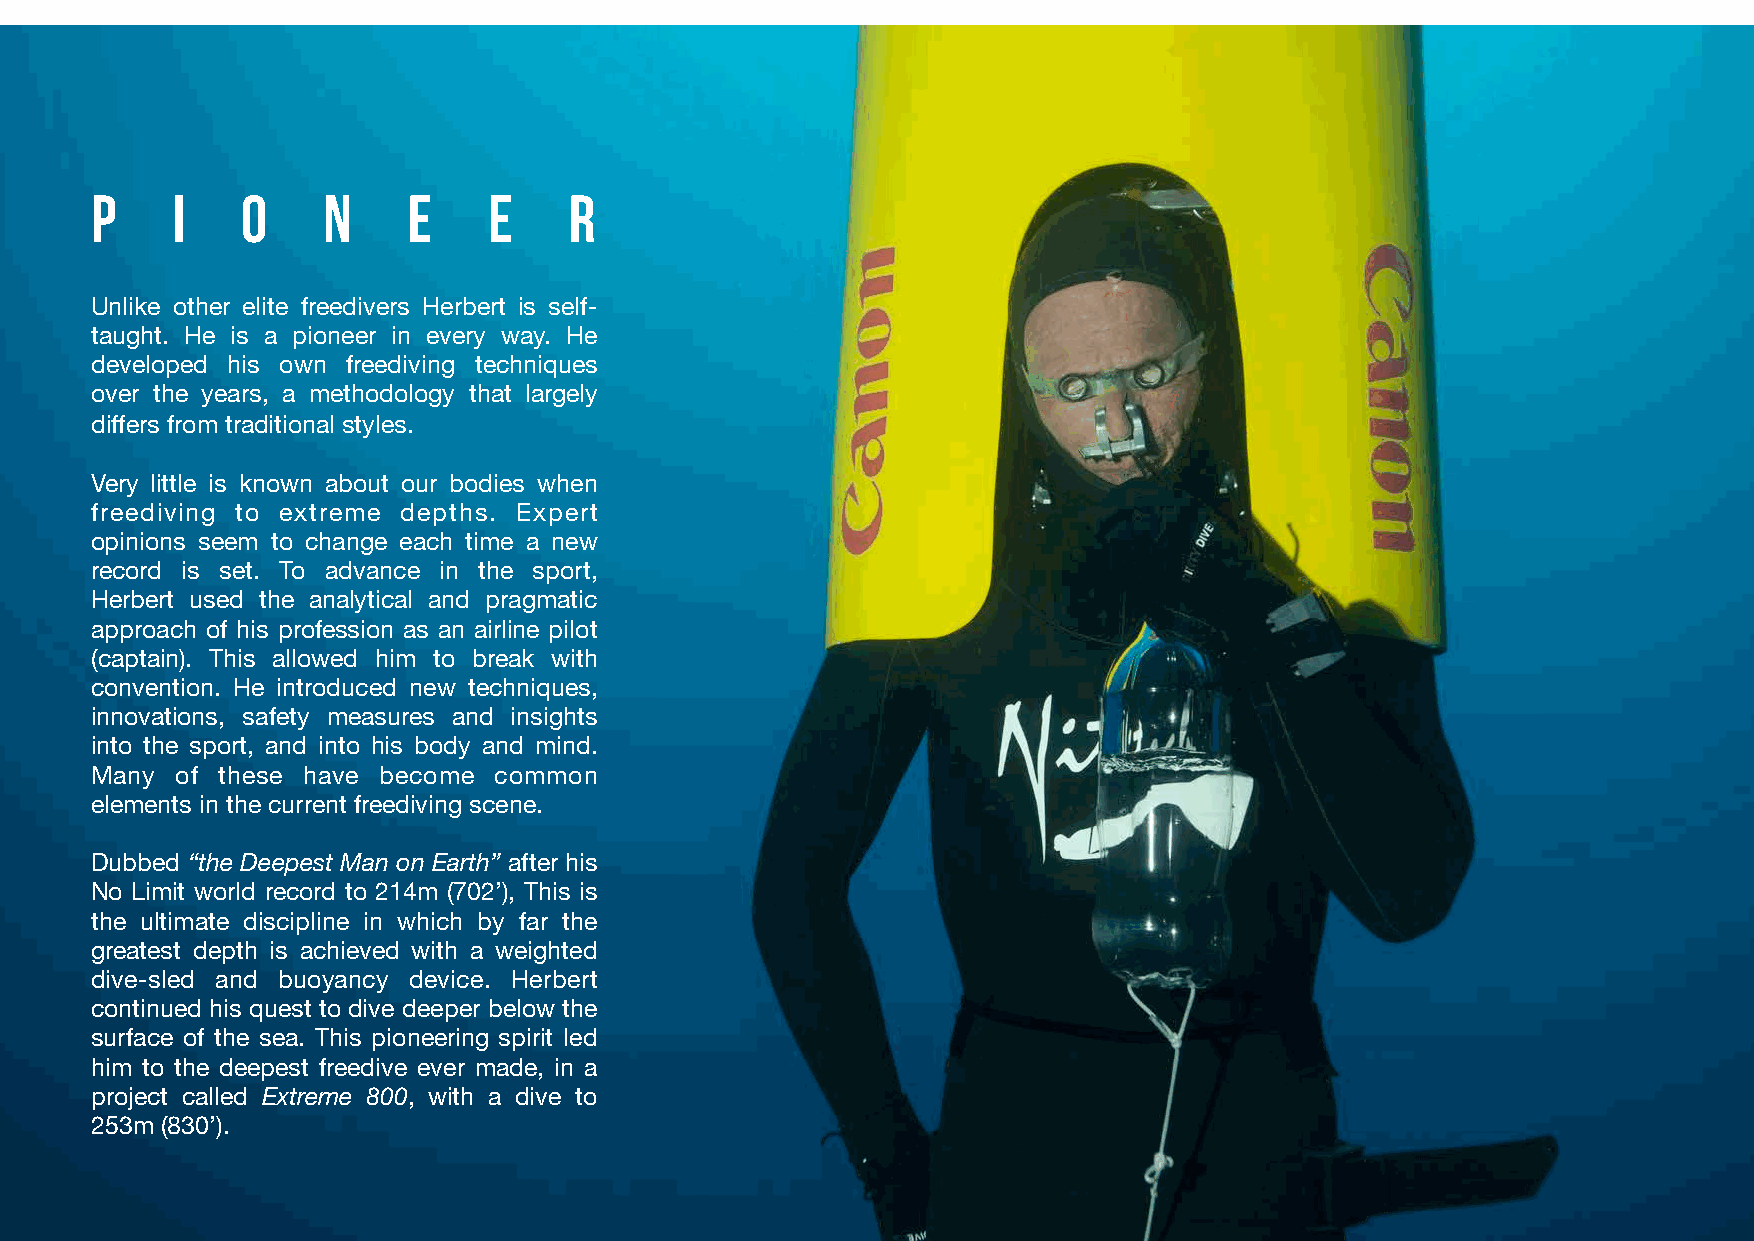
P    I    O    N     E    E     R
 Unlike other elite freedivers Herbert is self-
 taught. He is a pioneer in every way. He
 developed his own freediving techniques
 over the years, a methodology that largely
 differs from traditional styles.
 Very little is known about our bodies when
 freediving to extreme depths. Expert
 opinions seem to change each time a new
 record is set. To advance in the sport,
 Herbert used the analytical and pragmatic
 approach of his profession as an airline pilot
 (captain). This allowed him to break with
 convention. He introduced new techniques,
 innovations, safety measures and insights
 into the sport, and into his body and mind.
 Many  of these have become common
 elements in the current freediving scene.
 Dubbed “the Deepest Man on Earth” after his
 No Limit world record to 214m (702’), This is
 the ultimate discipline in which by far the
 greatest depth is achieved with a weighted
 dive-sled and buoyancy device. Herbert
 continued his quest to dive deeper below the
 surface of the sea. This pioneering spirit led
 him to the deepest freedive ever made, in a
 project called Extreme 800, with a dive to
 253m (830’).